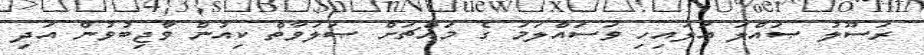
ރަސޫލު ޞައްލަ ޢަލައިހި ވަސައްލަމަ ގެ މައްޗަށް ޞަލަވާތް ކިއުން ވާޖިބުވުން އަދި